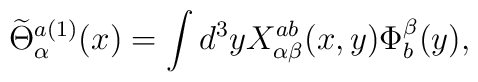
\widetilde{\Theta}_{\alpha}^{a (1)}(x) = \int d^3 y X_{\alpha \beta}^{ab} (x,y)\Phi^{\beta}_{b} (y),